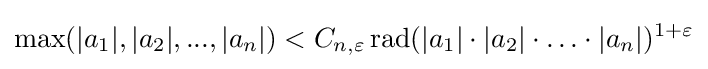
\operatorname {max} (|a_{1}|,|a_{2}|,...,|a_{n}|)<C_{n,\varepsilon }\operatorname {rad} (|a_{1}|\cdot |a_{2}|\cdot \ldots \cdot |a_{n}|)^{1+\varepsilon }